Punjab Mental Hospital Lahore 1922-31 - 1922-1931
Year: 1922
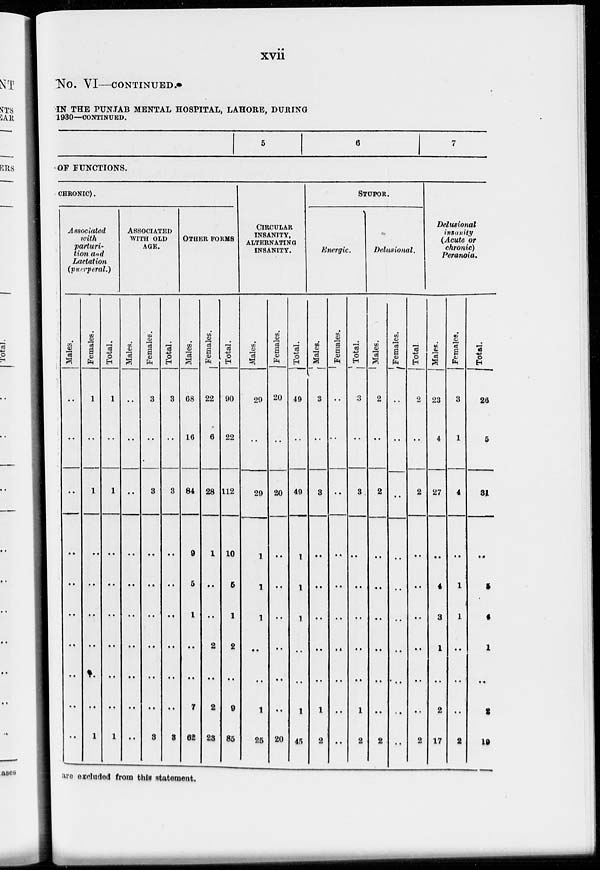
xvii
NO. VI—CONTINUED.
IN THE PUNJAB MENTAL HOSPITAL, LAHORE, DURING
1930—CONTINUED.
5
6
7
OF FUNCTIONS.
CHRONIC).
Associated
with
parturi-
tion and
Lactation
(puerperal.)
Males.
..
..
..
..
..
..
..
..
..
..
Females.
1
..
1
..
..
..
..
..
..
1
Total.
1
..
1
..
..
..
..
..
..
1
ASSOCIATED
WITH OLD
AGE.
Males.
..
..
..
..
..
..
..
..
..
..
Females.
3
..
3
..
..
..
..
..
..
3
Total.
3
..
3
..
..
..
..
..
..
3
OTHER FORMS
Males.
68
16
84
9
5
1
..
..
7
62
Females.
22
6
28
1
..
..
2
..
2
23
Total.
90
22
112
10
5
1
2
..
9
85
CIRCULAR
INSANITY,
ALTERNATING
INSANITY.
Males.
29
..
29
1
1
1
..
..
1
25
Females.
20
..
20
..
..
..
..
..
..
20
Total.
49
..
49
1
1
1
..
..
1
45
STUPOR.
Energic.
Males.
3
..
3
..
..
..
..
..
1
2
Females.
..
..
..
..
..
..
..
..
..
..
Total.
3
..
3
..
..
..
..
..
1
2
Delusional.
Males.
2
..
2
..
..
..
..
..
..
2
Females.
..
..
..
..
..
..
..
..
..
..
Total.
2
..
2
..
..
..
..
..
..
2
Delusional
insanity
(Acute or
chronic)
Peranoia.
Males.
23
4
27
..
4
3
1
..
2
17
Females.
3
1
4
..
1
1
..
..
..
2
Total.
26
5
31
..
5
4
1
..
2
19
are excluded from this statement.